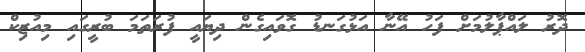
ދޮރު ލައްޕާލުމަށް ފަހު އޭނާ އަޅުގަނޑު ގޮވައިގެން ދިޔައީ ފުރަތަމަ ބުރީގައި މިއުޒިކް